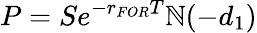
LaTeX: P=Se^{-r_{FOR}T}\mathbb{N}(-d_{1})